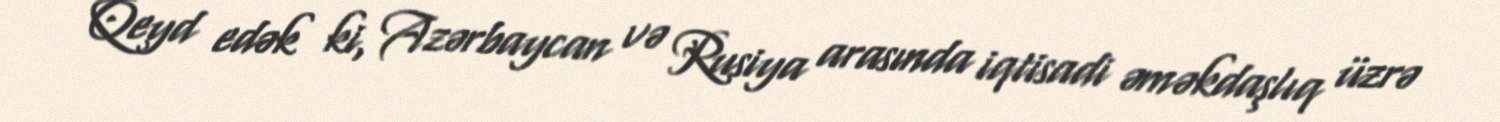
Qeyd edək ki, Azərbaycan və Rusiya arasında iqtisadi əməkdaşlıq üzrə